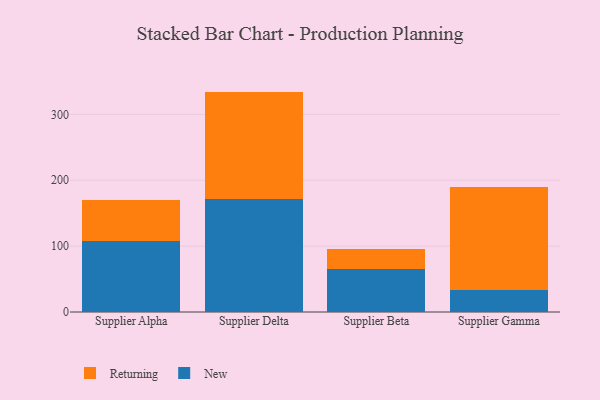
{"axis": {"x": "Supplier", "y": "Shipments"}, "legend": ["New", "Returning"], "data": [{"x": "Supplier Alpha", "y": 107.4, "type": "New"}, {"x": "Supplier Alpha", "y": 61.9, "type": "Returning"}, {"x": "Supplier Delta", "y": 172.3, "type": "New"}, {"x": "Supplier Delta", "y": 162.3, "type": "Returning"}, {"x": "Supplier Beta", "y": 65.5, "type": "New"}, {"x": "Supplier Beta", "y": 30.7, "type": "Returning"}, {"x": "Supplier Gamma", "y": 32.7, "type": "New"}, {"x": "Supplier Gamma", "y": 156.5, "type": "Returning"}]}